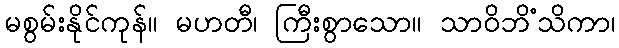
မစွမ်းနိုင်ကုန်။ မဟတီ၊ ကြီးစွာသော။ သာဝိဘိံသိကာ၊